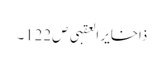
ذاخایر العقبی ص122۔